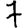
Digit: 7